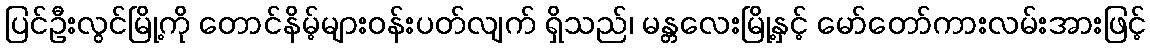
ပြင်ဦးလွင်မြို့ကို တောင်နိမ့်များဝန်းပတ်လျက် ရှိသည်၊ မန္တလေးမြို့နှင့် မော်တော်ကားလမ်းအားဖြင့်